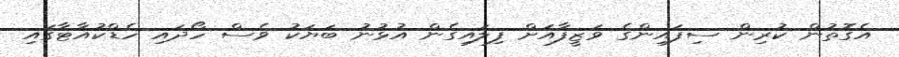
އެގޮތުން ކުރިން ސިފައިންގެ ވަޒީފާއަށް ފިލައިގެން އުޅުނު ބަޔަކު ވެސް ހޯދައި ހެޑްކުއާޓާގައި